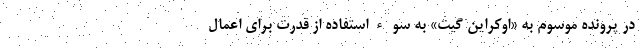
در پرونده موسوم به «اوکراین گیت» به سوءاستفاده از قدرت برای اعمال